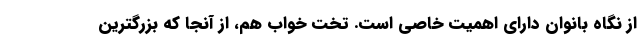
از نگاه بانوان دارای اهمیت خاصی است. تخت خواب هم، از آنجا که بزرگترین